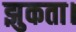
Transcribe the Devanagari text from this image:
झुकता।